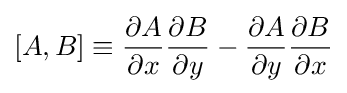
\left[A,B\right]\equiv {\frac {\partial A}{\partial x}}{\frac {\partial B}{\partial y}}-{\frac {\partial A}{\partial y}}{\frac {\partial B}{\partial x}}